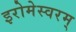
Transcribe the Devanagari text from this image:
इरोमेस्वरम्